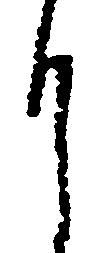
月